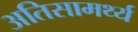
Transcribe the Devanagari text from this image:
अतिसामर्थ्य